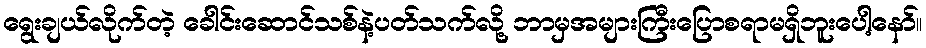
ရွေးချယ်လိုက်တဲ့ ခေါင်းဆောင်သစ်နဲ့ပတ်သက်လို့ ဘာမှအများကြီးပြောစရာမရှိဘူးပေါ့နော်။